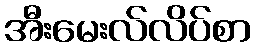
အီးမေးလ်လိပ်စာ